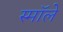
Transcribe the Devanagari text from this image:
स्मॉले